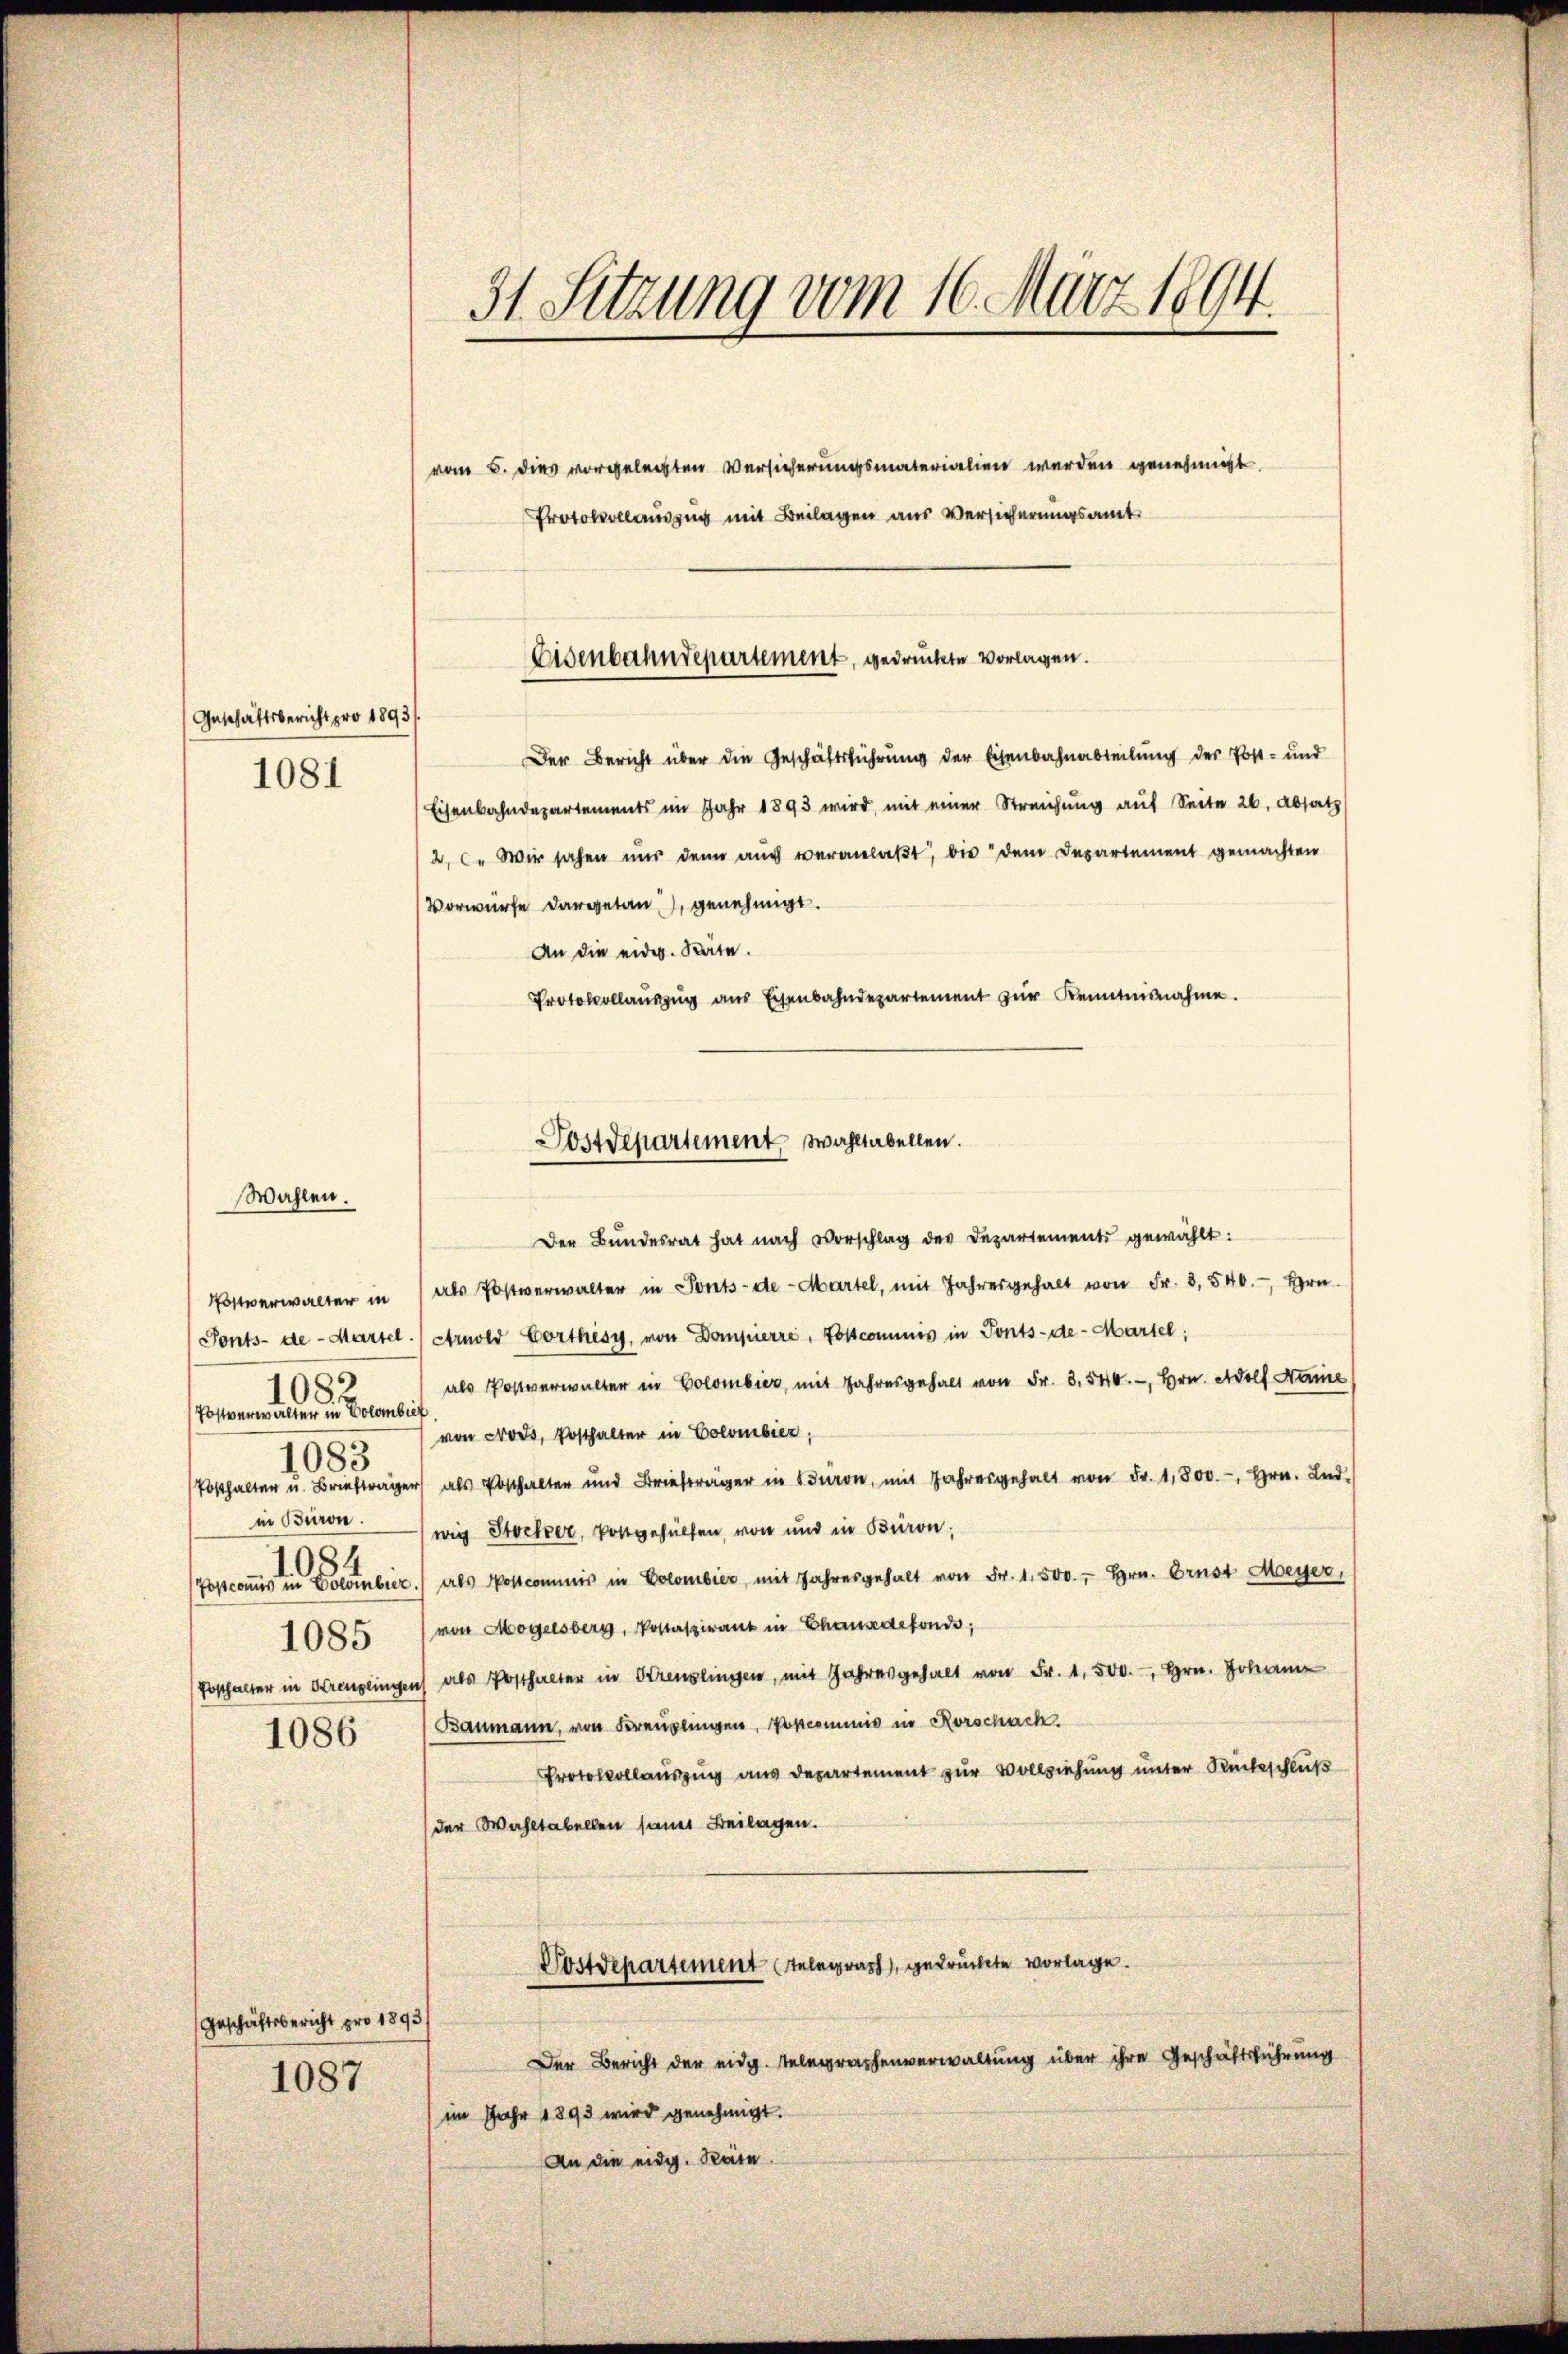
(Geschäftsbericht pro 1893/
1081

Wahlen.

1082.
Postverwalter in Colombief
683
in Büron.

1086

Geschäftsbericht pro 1893/
1087

31. Sitzung vom 16. März 1894.

vom 5. dies vorgelegten Versicherungsmaterialien werden genehmigt.
Protokollauszug mit Beilagen aus Versicherungsamt

Eisenbahndepartement, gedruckte vorlagen.

Der Bericht über die Geschäftsführung der Eisenbahnabteilung der Post- und
Eisenbahndepartements im Jahr 1893 wird, mit einer Streichung auf Seite 26. Absatz
2, C. Wir sahen nur denn auch veranlaßt, bis dem Departement gemachten
Vorwürfe dargetan, genehmigt.
An die eidg. Räte.
Protokollaŭszŭg ans Eisenbahndepartement zŭr Kenntnisnahme.

Postdepartement wahltabellen.

Der Bŭndesrat hat nach Vorschlag des Departement gewählt:
Postverwalter in als Postverwalter in Ponts-de- Martel, mit Jahresgehalt von Fr. 8, 540.- Hrn.
Ponts-de- Martel. Arnold Vorthèsy, von Dompierre, Toscommis in Ponts-de-Martel;
als Postverwalter in Colombier, mit Jahresgehalt von Fr. 3. 540.-, Hrn. Adolf Name
von Not, Posthalter in Colombier,
Posthalter u. Briefer als Posthalten und Briefer in Baron, mit Jahresgehalt von Fr. 1,800.-, Hrn. Lud-
wig Stocker, Pottgehülfen, von und in Bieron:
Tosconis in Dornbier) als Postcommis in Colombier mit Jahresgehalt von Fr. 1. 500., Hrn. Brust Meyer,
1085 (von Mogelsberg, Postaβirant in Chause defonds;
Posthalter in Kreuzlingen als Posthalter in Strenslingen, mit Jahresgehalt von Fr. 1. 500.-, Hrn. Johann
Baumann, von Freuzlingen, Poscommis in Rorschach.
Protokollauszug aus Departement zur Vollziehung unter Kitschluß
(der Wahltabellen samt Beilagen.
Postdepartement (Telegraph, gedrückte vorlage.
Der Bericht der eidg. Telegraphenverwaltung über ihre Geschäftsführung
im Jahr 1893 wird genehmigt.
An die eidg. Train.